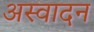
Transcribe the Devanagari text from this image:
अस्वादन